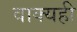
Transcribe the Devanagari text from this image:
वाक्यही